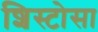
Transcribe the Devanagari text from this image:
शिस्टोसा